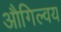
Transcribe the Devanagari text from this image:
औगिल्वय